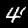
Label: 4